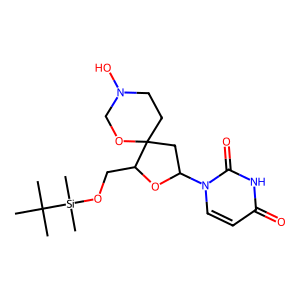
SMILES: CC(C)(C)[Si](C)(C)OCC1OC(n2ccc(=O)[nH]c2=O)CC12CCN(O)CO2
Inhibits HIV replication: No